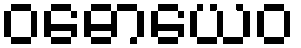
ဝဓောယေဝ